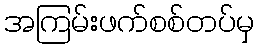
အကြမ်းဖက်စစ်တပ်မှ